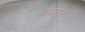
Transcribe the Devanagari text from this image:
ह्रासयुक्त